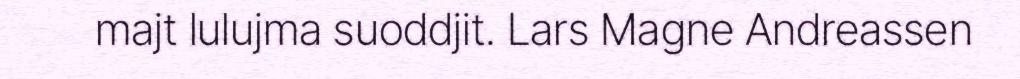
majt lulujma suoddjit. Lars Magne Andreassen